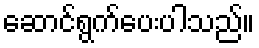
ဆောင်ရွက်ပေးပါသည်။